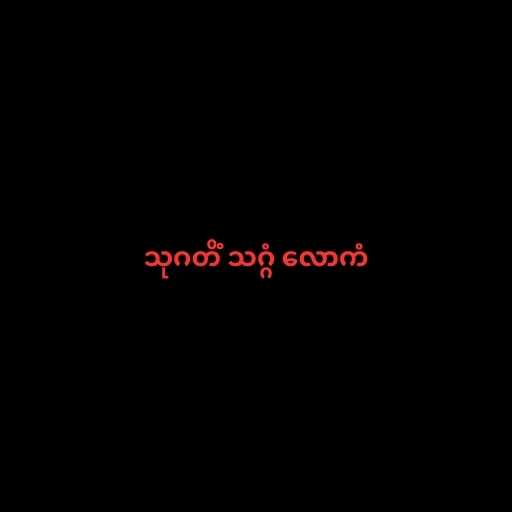
သုဂတိံ သဂ္ဂံ လောကံ